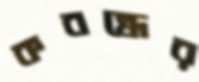
কবন্ধের